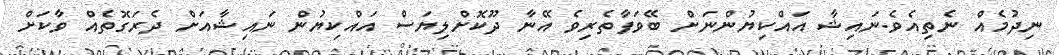
ނިދުމެއް ނެތިއެވެ.ނައިޝާ އައްކިޔުންނަށް ބޭވަފާތެރިވެ އޭނާ ދޫކޮށްލިޔަސް އައްކިޔުން ނައިޝާއަށް ދެރަގޮތެއް ވާކަށް